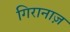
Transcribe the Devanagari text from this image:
गिरानाज़